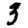
Digit: 3